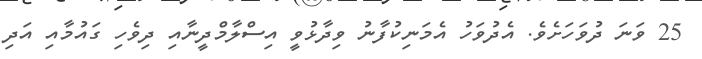
25 ވަނަ ދުވަހަށެވެ. އެދުވަހު އެމަނިކުފާނު ވިދާޅުވީ އިސްލާމްދީނާއި ދިވެހި ގައުމާއި އަދި